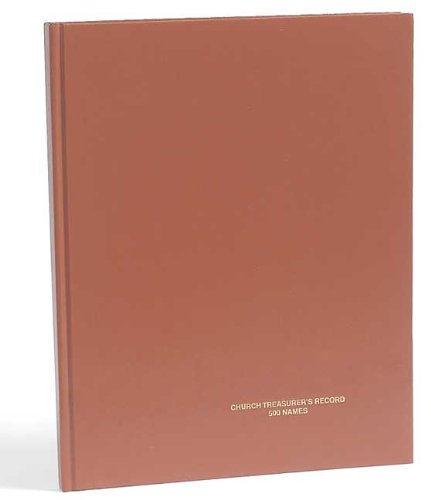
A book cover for Church Treasurers Record Book; Broadman & Holman Publishers; Christian Books & Bibles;